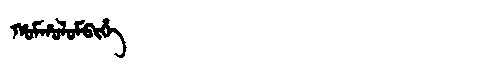
Manchu: ᡥᠣᠮᡥᠣᠯᠣᠮᠪᡳᡥᡝ
Romanization: HOMHOLOMBIHE